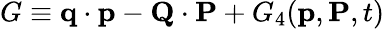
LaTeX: G\equiv\mathbf{q}\cdot\mathbf{p}-\mathbf{Q}\cdot\mathbf{P}+G_{4}(\mathbf{p},\mathbf{P},t)